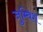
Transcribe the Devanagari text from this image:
जुम्बिश